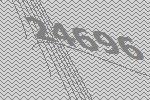
24696